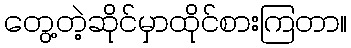
တွေ့တဲ့ဆိုင်မှာထိုင်စားကြတာ။